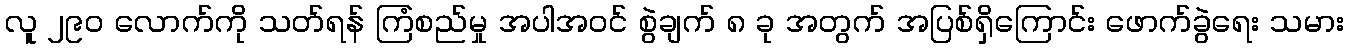
လူ ၂၉၀ လောက်ကို သတ်ရန် ကြံစည်မှု အပါအဝင် စွဲချက် ၈ ခု အတွက် အပြစ်ရှိကြောင်း ဖောက်ခွဲရေး သမား